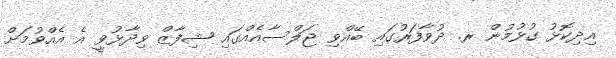
އިދިކޮޅު ގުޅުމުން ރ. ދުވާފަރުގައި ބޭއްވި ޖަލްސާއެއްގައި ޝިފާޒް ވިދާޅުވީ އެ އެއްވުމަށް